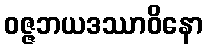
ဝဇ္ဇဘယဒဿာဝိနော